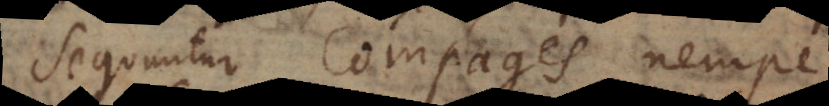
Sequuntur Compages nempe